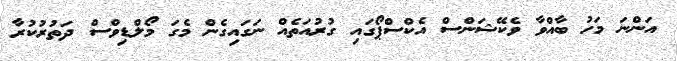
އަންނަ މަހު ބާއްވާ ވެކޭޝަންސް އެކްސްޕޯގައި ގުރުއަތެއް ނަގައިގެން މެގަ މޯލްޑިވްސް ދަތުރުކުރާ